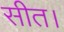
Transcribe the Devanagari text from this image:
सीत।